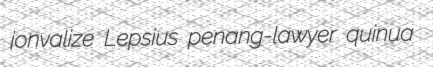
jonvalize Lepsius penang-lawyer quinua